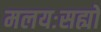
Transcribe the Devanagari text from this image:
मलयःसह्यो